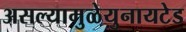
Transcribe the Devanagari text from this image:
असल्यामुळेयुनायटेड